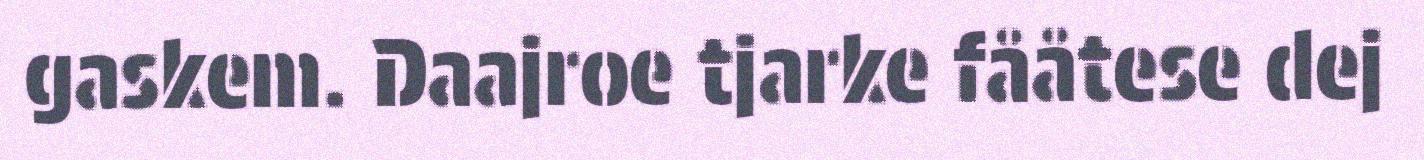
gaskem. Daajroe tjarke fååtese dej